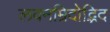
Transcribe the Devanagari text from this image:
लवनम्रिदोद्भिद